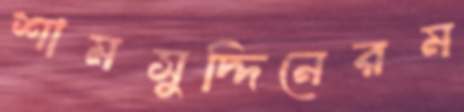
শামসুদ্দিনেরম